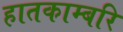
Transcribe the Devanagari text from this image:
हातकाम्बरि